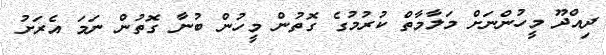
ދިއްދޫ މީހުންނަށް މަލާމާތް ކުރުމުގެ ގޮތުން މީހުން ބުނާ ގޮތުން ނަމަ އެރަށު